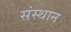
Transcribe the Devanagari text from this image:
संस्थान